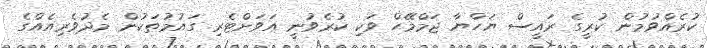
ކުރެއްވުމުން ކުރީގެ ރައީސް ޔަހްޔާ ޖަމްމޭހް ވަކި ކުރެވުނީ އަވަށްޓެރި ގައުމުތަކުން މެދުވެރިއެއްގެ